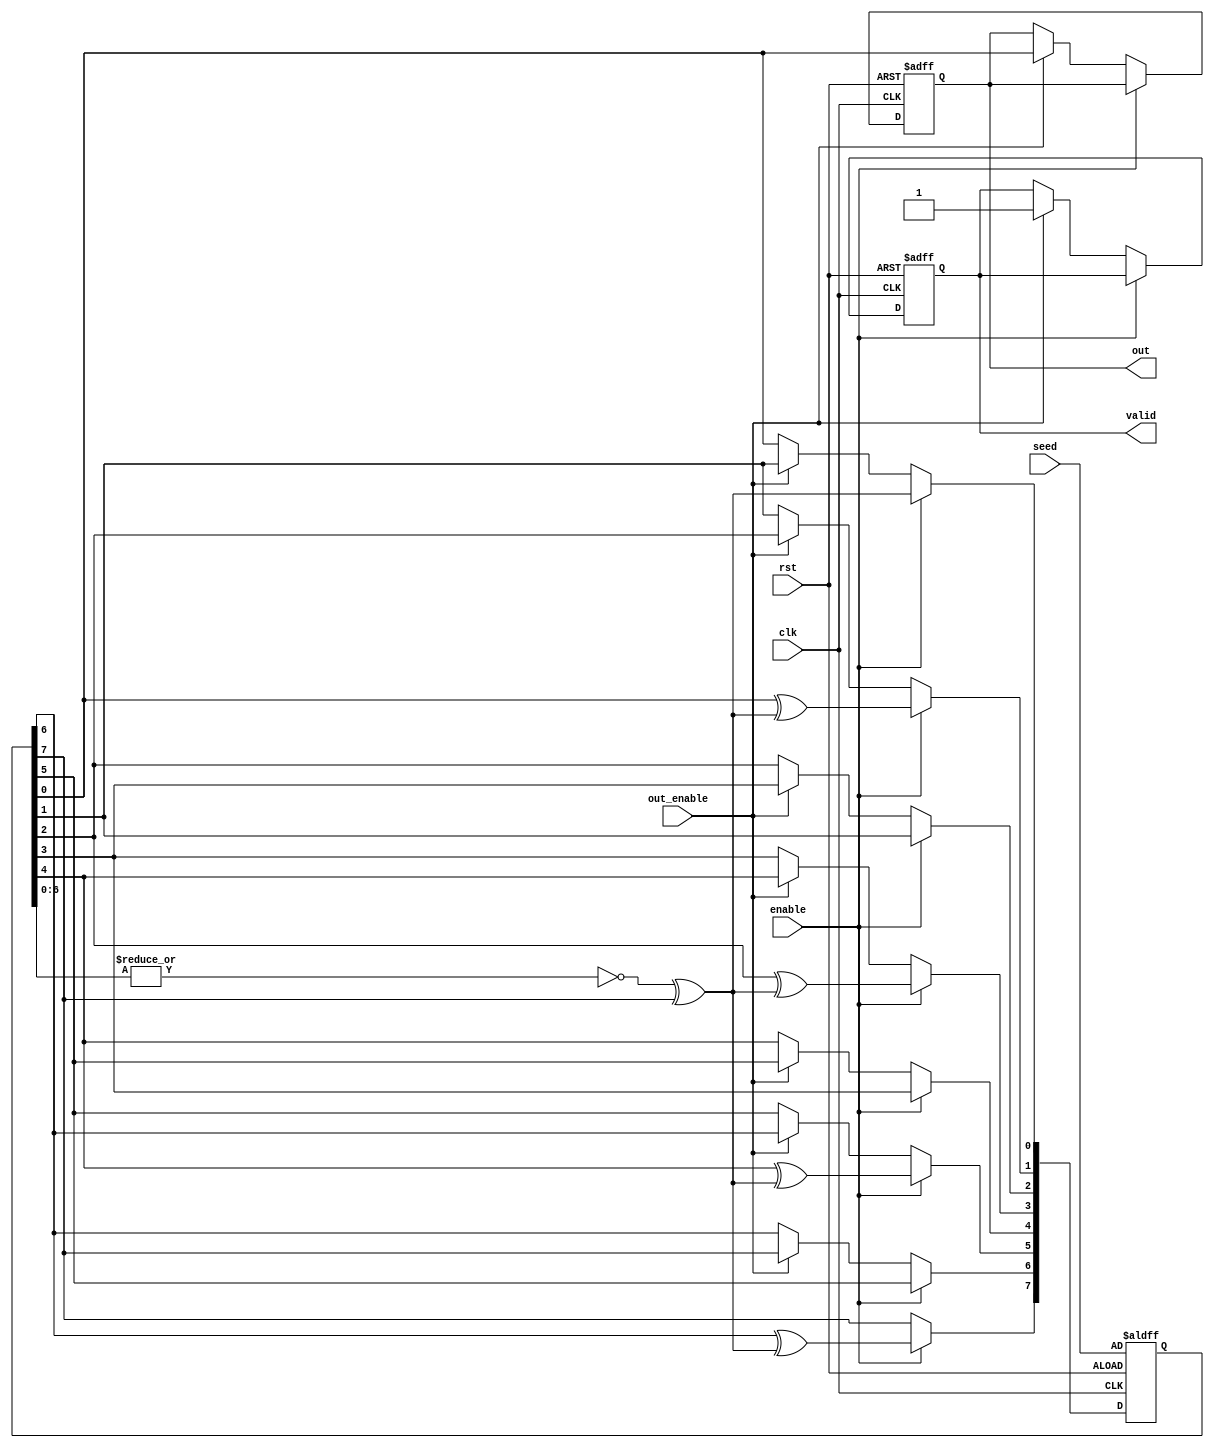
module LFSR (
    input   wire        rst,clk,enable,out_enable,
    input   wire [7:0]  seed,
    output  reg         out,valid
);
/***************************structure of feedback part***********************************************/
reg [7:0] LFSR;
wire noring,feedback;

assign noring = ~|LFSR[6:0];
assign feedback = noring ^ LFSR[7];
/****************************************************************************************************/
parameter [7:0] pattern = 8'b10101010;
integer i;

/*****************************structure of shift register********************************************/
always@(posedge clk or negedge rst)
begin 
if(!rst)
begin
LFSR  <=  seed;
valid <=  1'b0;
out   <=  1'b0;
end
else if (enable)
begin
    LFSR[0] <= feedback;
    for(i=7;i>=1;i=i-1)
    begin
        if(pattern[i]==1)
        begin
            LFSR[i] <= LFSR[i-1] ^ feedback;
        end
        else
        begin
            LFSR[i] <= LFSR[i-1];
        end
    end
    /*
LFSR[0] <= feedback;
LFSR[1] <= LFSR[0] ^ feedback;
LFSR[2] <= LFSR[1]
LFSR[3] <= LFSR[2] ^ feedback;
LFSR[4] <= LFSR[3]
LFSR[5] <= LFSR[4] ^ feedback;
LFSR[6] <= LFSR[5]
LFSR[7] <= LFSR[6] ^ feedback;*/
end
else if(out_enable)
begin
valid <= 1'b1;
{LFSR[6:0],out}<=LFSR;
/*
OUT <= LFSR[0]
LFSR[0] <= LFSR[1]
LFSR[1] <= LFSR[2]
LFSR[2] <= LFSR[3]
LFSR[3] <= LFSR[4]
LFSR[4] <= LFSR[5]
LFSR[5] <= LFSR[6]
LFSR[6] <= LFSR[7]*/
end
end
endmodule